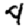
Digit: 4